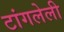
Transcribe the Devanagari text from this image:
टांगलेली